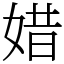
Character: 㛭